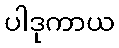
ပါဒုကာယ